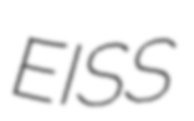
EISS